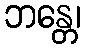
ဘန္တေ၊